Training of teachers. Junior students, 1910
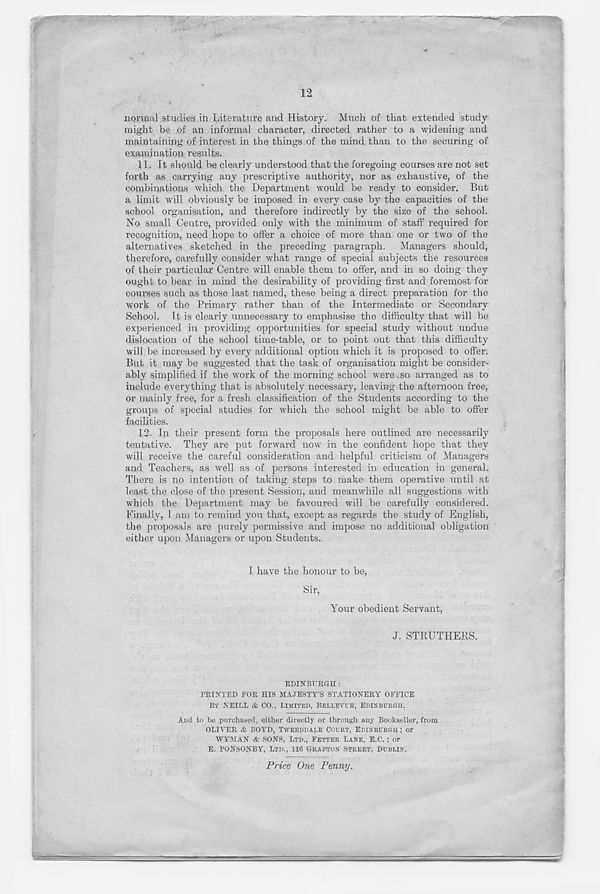
12
normal studies in Literature and History. Much of that extended study
might be of an informal character, directed rather to a widening and
maintaining of interest in the things of the mind than to the securing of
examination results.
11. It should be clearly understood that the foregoing courses are not set
forth as carrying any prescriptive authority, nor as exhaustive, of the
combinations which the Department would be ready to consider. Exit
a limit will obviously be imposed in every case by the capacities of the
school organisation, and therefore indirectly by the size of the school.
No small Centre, provided only with the minimum of staff required for
recognition, need hope to offer a choice of more than one or two of the
alternatives sketched in the preceding paragraph. Managers should,
therefore, carefully consider what range of special subjects the resources
of their particular Centre will enable them to offer, and in so doing they
ought to bear in mind the desirability of providing first and foremost for
courses such as those last named, these being a direct preparation for the
work of the Primary rather than of the Intermediate or Secondary
School. It is clearly unnecessary to emphasise the difficulty that will be
experienced in providing opportunities for special study without undue
dislocation of the school time-table, or to point out that this difficulty
will be increased by every additional option which it is proposed to offer.
But it may be suggested that the task of organisation might be consider-
ably simplified if the work of the morning school were.so arranged as to
include everything that is absolutely necessary, leaving the afternoon free,
or mainly free, for a fresh classification of the Students according to the
groups of special studies for which the school might be able to offer
facilities.
12. In their present form the proposals here outlined are necessarily
tentative. They are put forward now in the confident hope that they
will receive the careful consideration and helpful criticism of Managers
and Teachers, as well as of persons interested in education in general.
There is no intention of taking steps to make them operative until at
least the close of the present Session, and meanwhile all suggestions with
which the Department may be favoured will be carefully considered.
Finally, I am to remind you that, except as regards the study of English,
the proposals are purely permissive and impose no additional obligation
either upon Managers or upon Students.
I have the honour to be,
Sir,
Your obedient Servant,
J. STRUTHERS.
EDINBURGH :
PRINTED FOR HIS MAJESTY’S STATIONERY OFFICE
BY NEILL & CO., LIMITED, BELLEVUE, EDINBURGH.
And to be purchased, either directly or through any Bookseller, from
OLIVER & BOYD, TWEEDDALE COURT, EDINBURGH ; or
WYMAN & SONS, LTD., FETTER LANE, E.C.; or
E. PONSONBY, LTD., 116 GRAFTON STREET, DUBLIN.
Price One Penny.